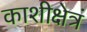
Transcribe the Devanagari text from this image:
काशीक्षेत्रं